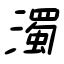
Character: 濁